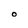
Character: O